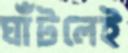
ঘাঁটলেই